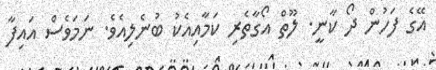
އޭގެ ފަހުން ދޯ ކާނީ. ލޫތް އޯގާތެރި ކަމާއިއެކު ބުނެލިއެވެ. ނަމަވެސް އައިފާ